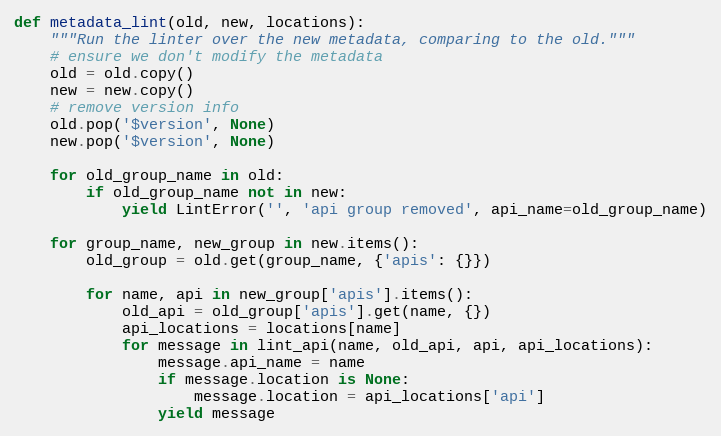
Language: Python
def metadata_lint(old, new, locations):
    """Run the linter over the new metadata, comparing to the old."""
    # ensure we don't modify the metadata
    old = old.copy()
    new = new.copy()
    # remove version info
    old.pop('$version', None)
    new.pop('$version', None)

    for old_group_name in old:
        if old_group_name not in new:
            yield LintError('', 'api group removed', api_name=old_group_name)

    for group_name, new_group in new.items():
        old_group = old.get(group_name, {'apis': {}})

        for name, api in new_group['apis'].items():
            old_api = old_group['apis'].get(name, {})
            api_locations = locations[name]
            for message in lint_api(name, old_api, api, api_locations):
                message.api_name = name
                if message.location is None:
                    message.location = api_locations['api']
                yield message